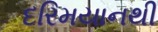
દરિમયાનથી